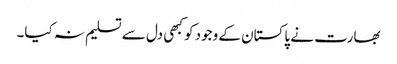
بھارت نے پاکستان کے وجود کو کبھی دل سے تسلیم نہ کیا۔